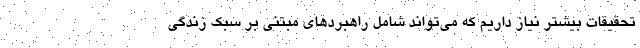
تحقیقات بیشتر نیاز داریم که می‌تواند شامل راهبردهای مبتنی بر سبک زندگی